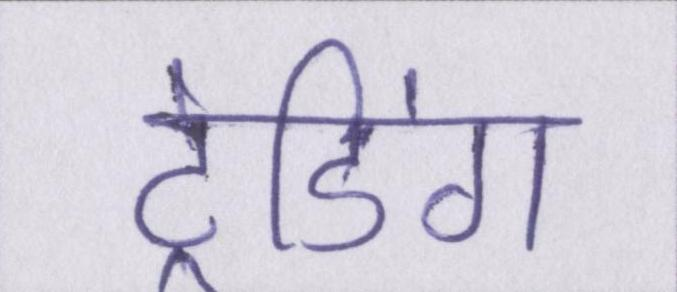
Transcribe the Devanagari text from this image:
ट्रेडिंग